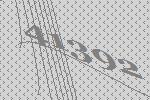
41392